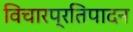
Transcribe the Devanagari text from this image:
विचारप्रतिपादन